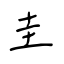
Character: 圭